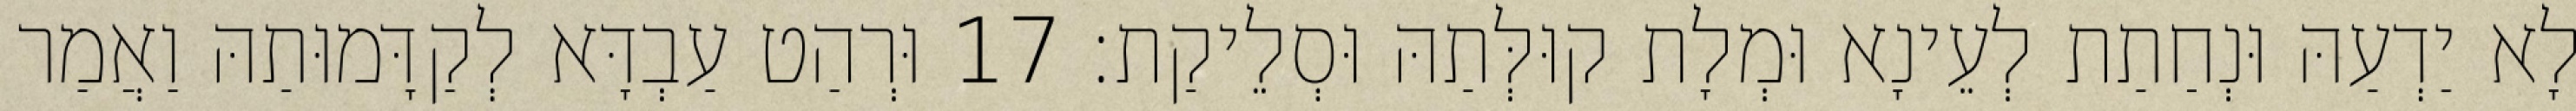
לָא יַדְעַהּ וּנְחַתַת לְעֵינָא וּמְלָת קוּלְּתַהּ וּסְלֵיקַת׃ 17 וּרְהַט עַבְדָּא לְקַדָּמוּתַהּ וַאֲמַר